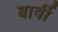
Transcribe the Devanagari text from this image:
बार्वी